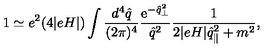
1 \simeq e ^ { 2 } ( 4 | e H | ) \int \frac { d ^ { 4 } \hat { q } } { ( 2 \pi ) ^ { 4 } } \frac { \mathrm { e } ^ { - \hat { q } _ { \perp } ^ { 2 } } } { \hat { q } ^ { 2 } } \frac { 1 } { 2 | e H | \hat { q } _ { \parallel } ^ { 2 } + m ^ { 2 } } ,